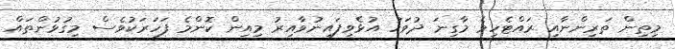
މިތިން ތަރިންނާއި ރައްޓެހިވެ މާގިނަ ދުވަހު އުޅެވިފައިނުވާއިރު މިއިން ކޮންމެ ފަހަރަކުވެސް މިގުޅުންތައް